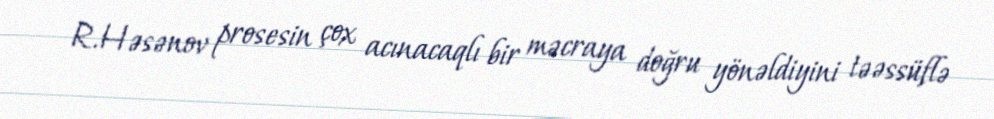
R.Həsənov prosesin çox acınacaqlı bir məcraya doğru yönəldiyini təəssüflə